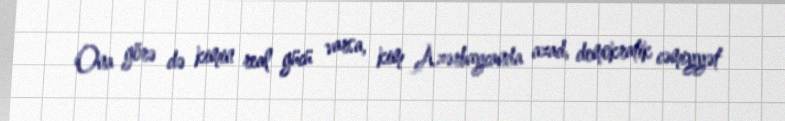
Ona görə də kimin real gücü varsa, kim Azərbaycanda azad, demokratik cəmiyyət